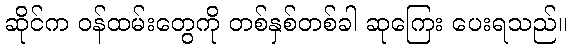
ဆိုင်က ဝန်ထမ်းတွေကို တစ်နှစ်တစ်ခါ ဆုကြေး ပေးရသည်။